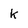
Character: k